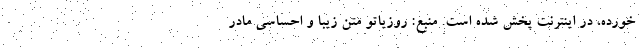
خورده، در اینترنت پخش شده است. منبع: روزیاتو متن زیبا و احساسی مادر